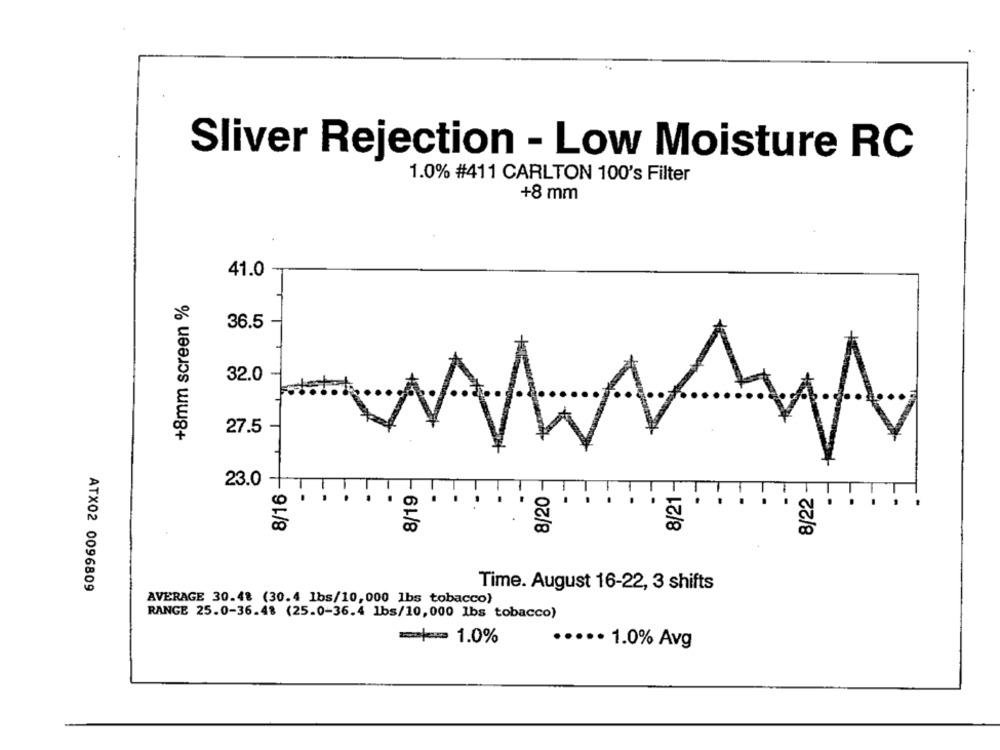
Sliver Rejection - Low Moisture RC
1.0% #411 CARLTON 100's Filter
+8 mm
41.0
+8mm screen %
36.5
32.0
27.5
-
8/16 -
8/19 -
8/20 -
23.0
-
.
8/21 -
8/22 -
O
.
ATX02 0096809
Time. August 16-22, 3 shifts
AVERAGE 30.48 (30.4 1bs/10,000 1bs tobacco)
RANGE 25.0-36.48 (25.0-36.4 1bs/10,000 1bs tobacco)
=+1.0%
····· 1.0% Avg